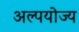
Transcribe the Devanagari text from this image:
अल्पयोज्य